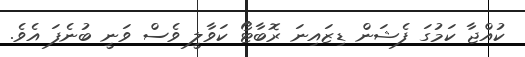
ކުއްޖާ ކަމުގަ ފެޝަން ޑިޒައިނަ ރޮބާޓޯ ކަވާލީ ވެސް ވަނީ ބުނެފަ އެވެ.